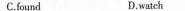
C.found D.watch